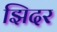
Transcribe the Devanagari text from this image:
झिदर